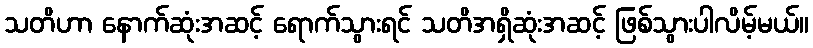
သတိဟာ နောက်ဆုံးအဆင့် ရောက်သွားရင် သတိအရှိဆုံးအဆင့် ဖြစ်သွားပါလိမ့်မယ်။